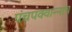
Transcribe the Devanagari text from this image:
पंचपक्वान्नाच